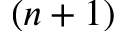
( n + 1 )